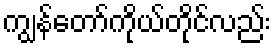
ကျွန်တော်ကိုယ်တိုင်လည်း